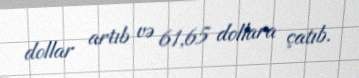
dollar artıb və 61,65 dollara çatıb.